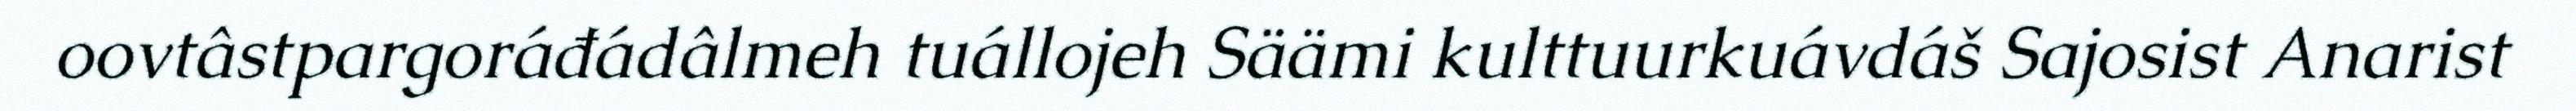
oovtâstpargoráđádâlmeh tuállojeh Säämi kulttuurkuávdáš Sajosist Anarist